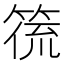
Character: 𮅛